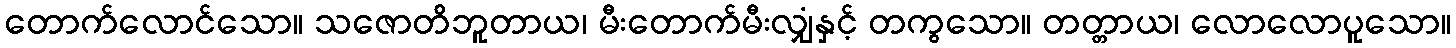
တောက်လောင်သော။ သဇောတိဘူတာယ၊ မီးတောက်မီးလျှံနှင့် တကွသော။ တတ္တာယ၊ လောလောပူသော။